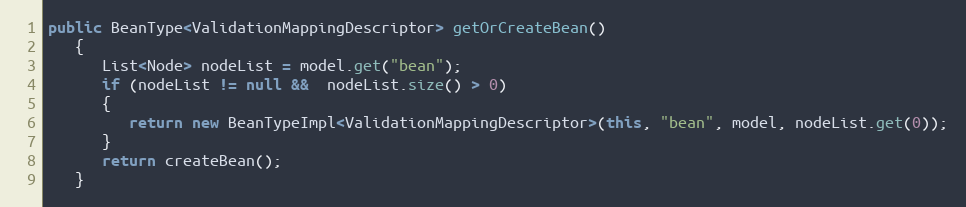
Language: Java
public BeanType<ValidationMappingDescriptor> getOrCreateBean()
   {
      List<Node> nodeList = model.get("bean");
      if (nodeList != null &&  nodeList.size() > 0)
      {
         return new BeanTypeImpl<ValidationMappingDescriptor>(this, "bean", model, nodeList.get(0));
      }
      return createBean();
   }